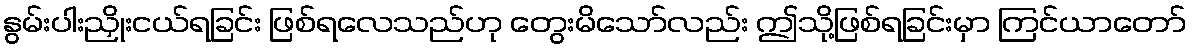
နွမ်းပါးညှိုးငယ်ရခြင်း ဖြစ်ရလေသည်ဟု တွေးမိသော်လည်း ဤသို့ဖြစ်ရခြင်းမှာ ကြင်ယာတော်